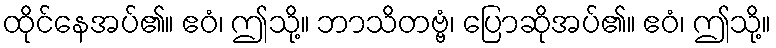
ထိုင်နေအပ်၏။ ဧဝံ၊ ဤသို့။ ဘာသိတဗ္ဗံ၊ ပြောဆိုအပ်၏။ ဧဝံ၊ ဤသို့။